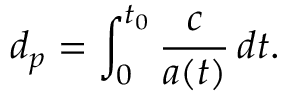
d _ { p } = \int _ { 0 } ^ { t _ { 0 } } { \frac { c } { a ( t ) } } \, d t .